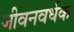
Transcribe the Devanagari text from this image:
जीवनवर्धक